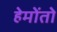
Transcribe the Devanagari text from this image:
हेमोंतो